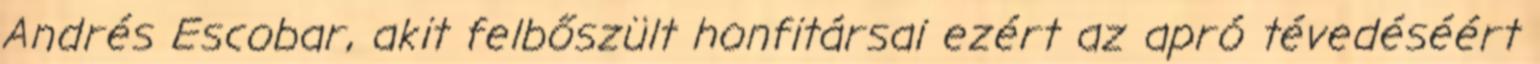
Andrés Escobar, akit felbőszült honfitársai ezért az apró tévedéséért